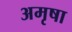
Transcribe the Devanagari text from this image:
अमृषा